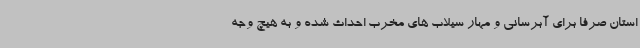
استان صرفا برای آبرسانی و مهار سیلاب های مخرب احداث شده و به هیچ وجه